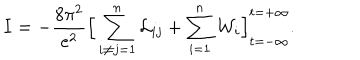
I = - \frac { 8 \pi ^ { 2 } } { e ^ { 2 } } \Big [ \sum _ { i \neq j = 1 } ^ { n } { \cal L } _ { i j } + \sum _ { i = 1 } ^ { n } { \cal W } _ { i } \Big ] _ { t = - \infty } ^ { t = + \infty } .